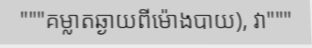
"""គម្លាតឆ្ងាយពីម៉ោងបាយ), វា"""